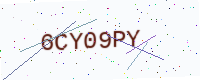
Text: 6CY09PY